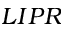
L I P R